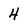
Character: 4